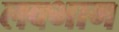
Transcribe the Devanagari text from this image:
लक्भाग